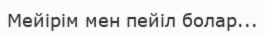
Мейірім мен пейіл болар...